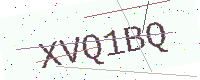
Text: XVQ1BQ